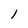
Character: 1